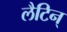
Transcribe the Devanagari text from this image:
लैटिन्